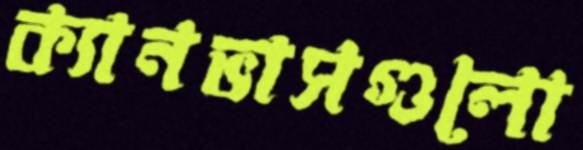
ক্যানভাসগুলো